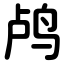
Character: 鸬